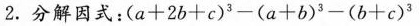
2.分解因式:$$( a + 2 b + c ) ^ { 3 } - ( a + b ) ^ { 3 } - ( b + c ) ^ { 3 }$$